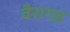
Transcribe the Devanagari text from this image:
वैरागड